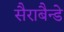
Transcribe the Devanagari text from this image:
सैराबैन्डे